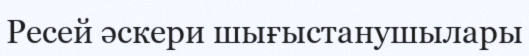
Ресей әскери шығыстанушылары